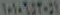
١٠١٠٦٥٢٠٥١